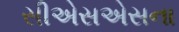
સીએસએસના